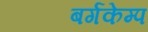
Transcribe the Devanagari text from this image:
बर्गकेम्प